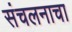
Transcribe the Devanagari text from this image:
संचलनाचा